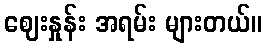
ဈေးနှုန်း အရမ်း များတယ်။